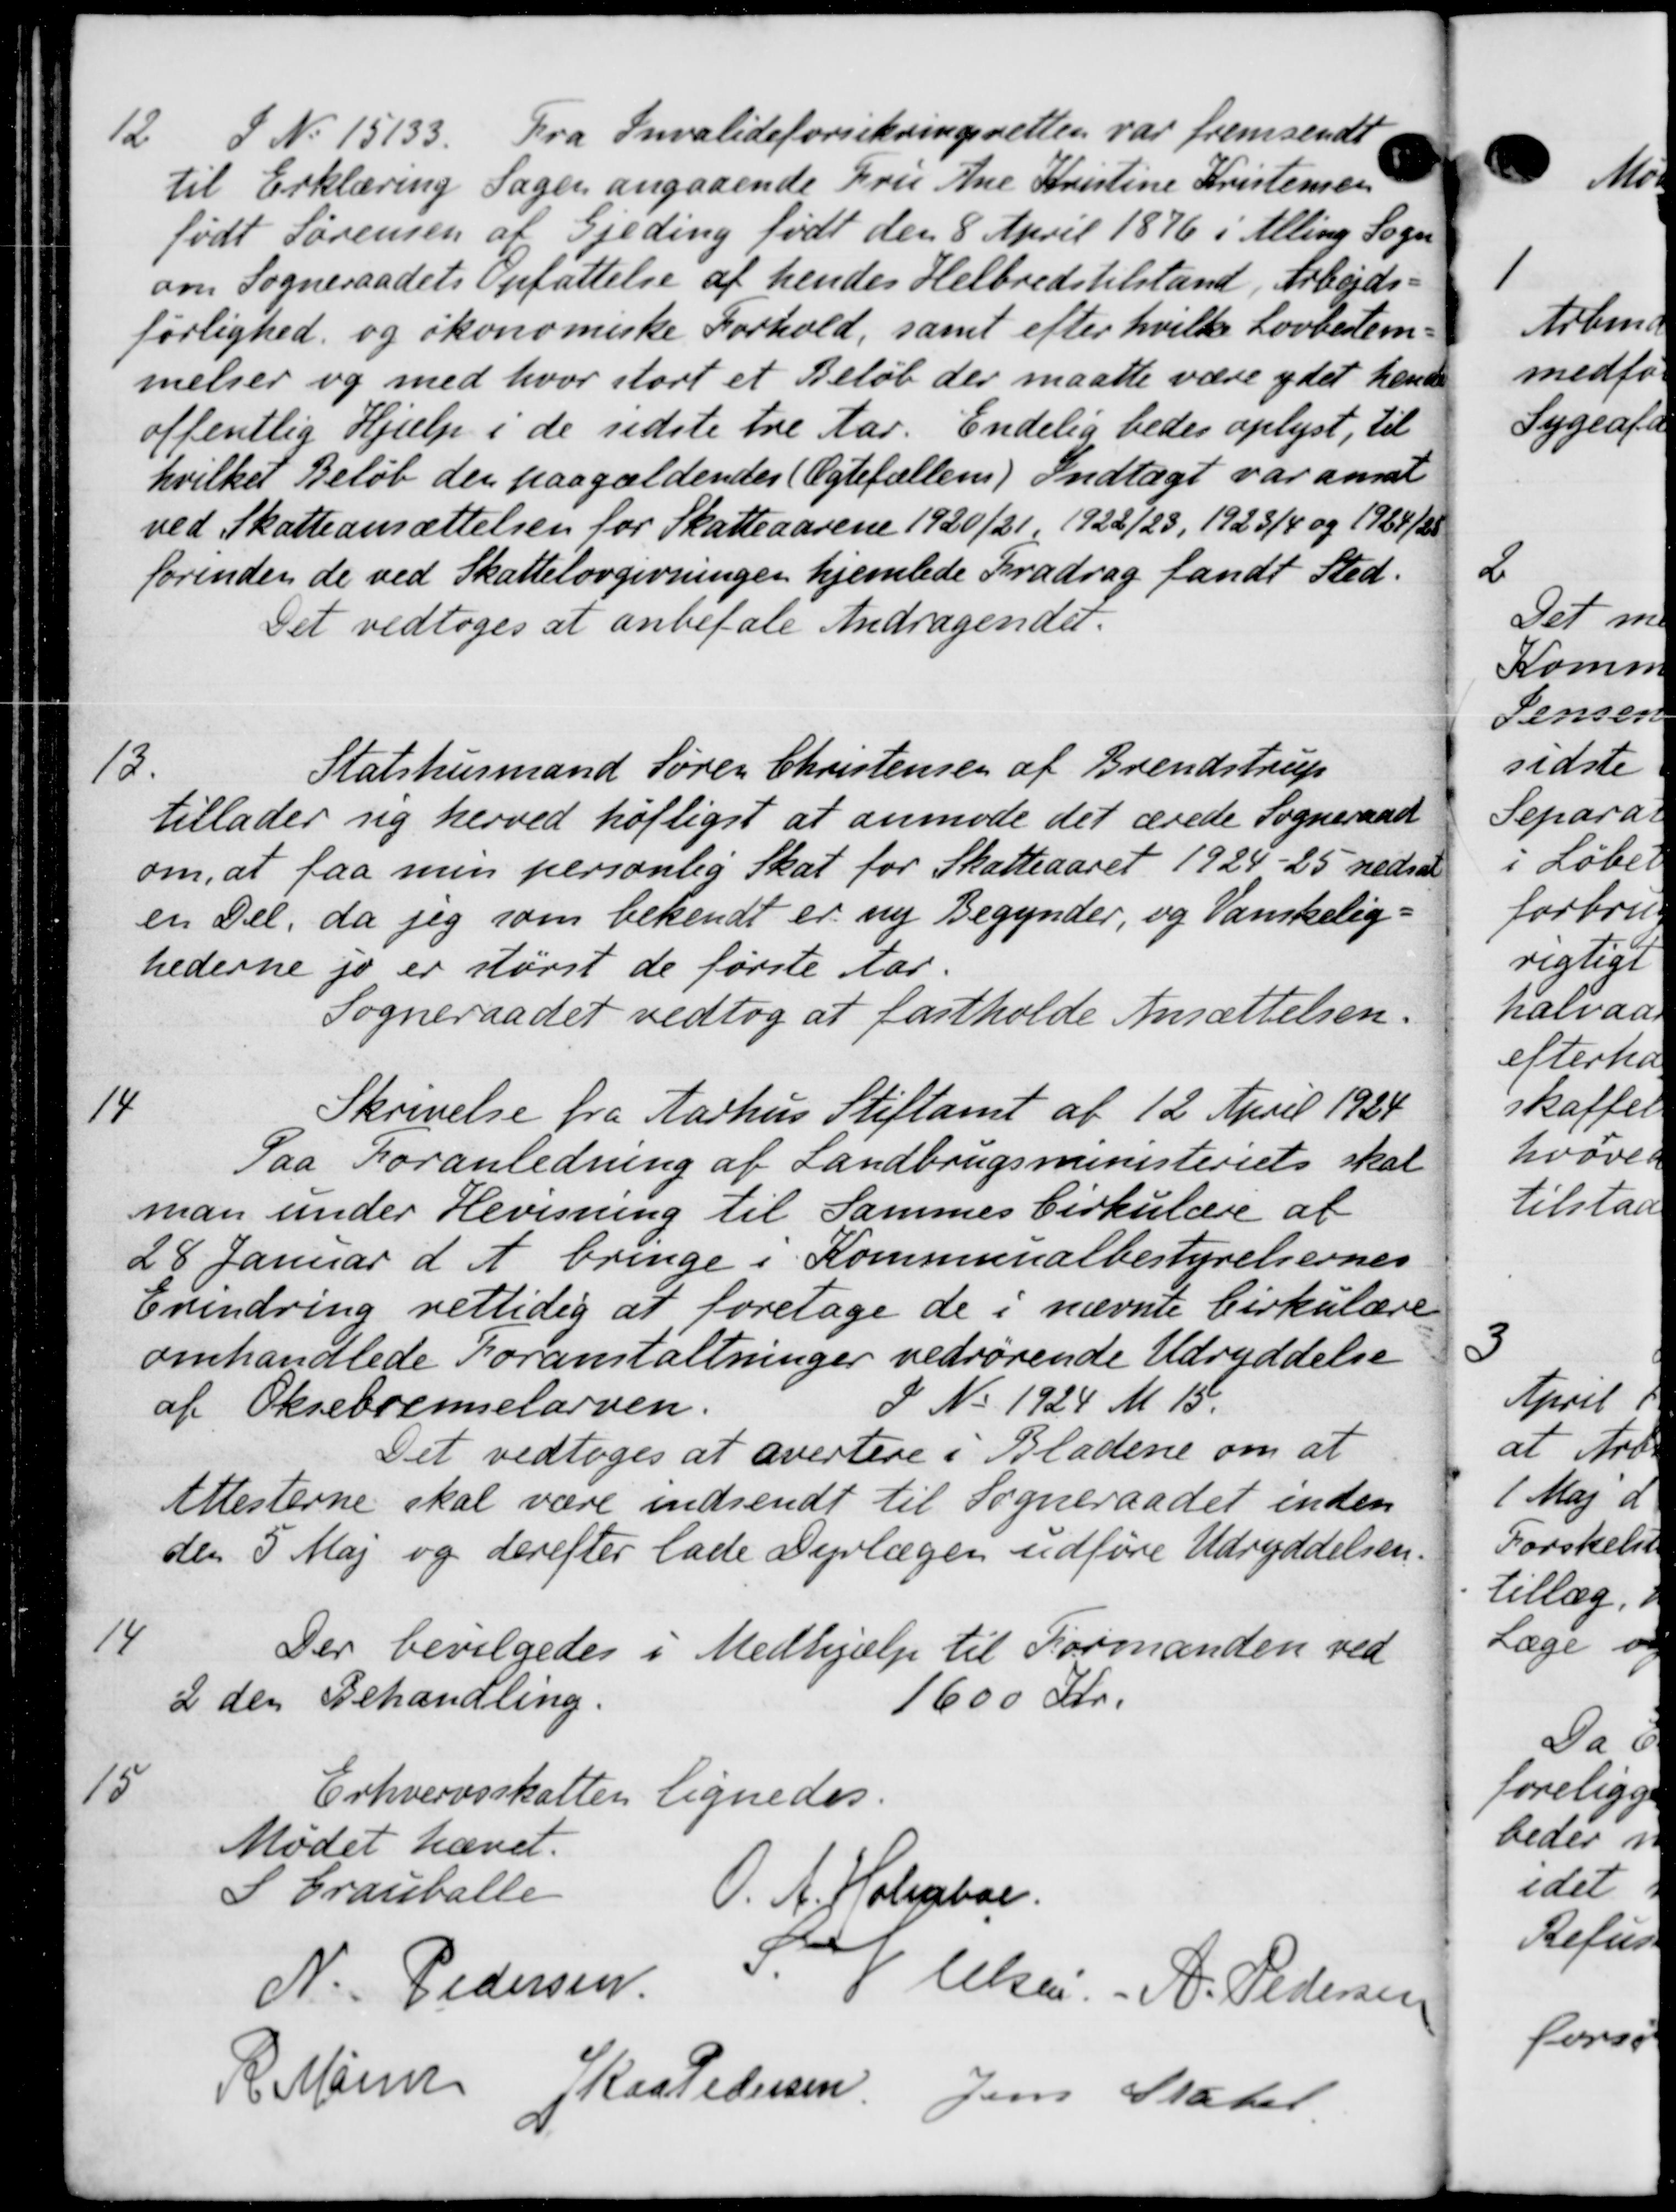
Transskription:
12.
S. N. 15133. Fra Invalideforsikringsretten var fremsendt
til Erklæring Sagen angaaende Fru Ane Kristine Kristensen
født Sørensen af Gjeding født den 8 April 1876 i Alling Sogn
om Sogneraadets Opfattelse af hendes Helbredstilstand, Arbejds-
førlighed og økonomiske Forhold, samt efter hvilke Lovbestem-
melser og med hvor stort et Beløb der maatte være ydet hende
offentlig Hjælp i de sidste tre Aar. Endelig bedes oplyst, til
hvilket Beløb den paagældendes (Ægtefællen) Indtægt var ansat
ved Skatteansættelsen for Skatteaarene 1920/21, 1922/23, 1923/4 og 1924/25
forinden de ved Skattelovgivningen hjemlede Fradrag fandt Sted.
Det vedtoges at anbefale Andragendet.
13.
Statshusmand Søren Christensen af Brendstrup
tillader sig herved høfligst at anmode det ærede Sogneraad
om, at faa min personlig Skat for Skatteaaret 1924-25 nedsat
en Del, da jeg som bekendt er ny Begynder, og Vanskelig-
hederne jo er størst de første Aar.
Sogneraadet vedtog at fastholde Ansættelsen.
14
Skrivelse fra Aarhus Stiftamt af 12 April 1924
Paa Foranledning af Landbrugsministeriets skal
man under Hevisning til Sammes Cirkulære af
28 Januar d. A. bringe i Kommunalbestyrelsernes
Erindring rettidig at foretage de i nævnte Cirkulære
omhandlede Foranstaltninger vedrørende Udryddelse
af Oksebremselarven.
I No 1924 M. 15.
Det vedtoges at avertere i Bladene om at
Attesterne skal være indsendt til Sogneraadet inden
den 5 Maj og derefter lade Dyrlægen udføre Udryddelsen.

Der bevilgedes i Medhjælp til Formanden ved
2 den Behandling.
1600 Kr.

Erhvervsskatten lignedes.
Mødet hævet.
S Crauballe
O. A. Holmboe.
N. Pedersen
lelsen. - A. Pedersen
R. Maren Jkas Pedersen Jens Mater